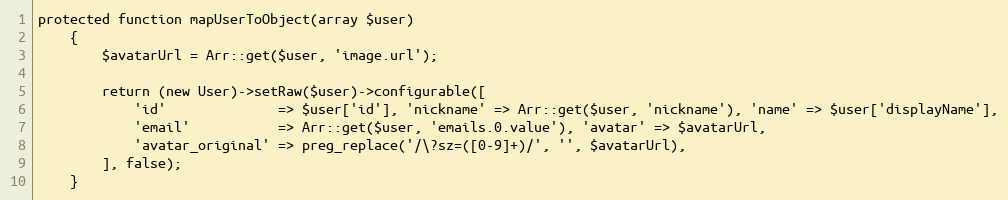
Language: PHP
protected function mapUserToObject(array $user)
    {
        $avatarUrl = Arr::get($user, 'image.url');

        return (new User)->setRaw($user)->configurable([
            'id'              => $user['id'], 'nickname' => Arr::get($user, 'nickname'), 'name' => $user['displayName'],
            'email'           => Arr::get($user, 'emails.0.value'), 'avatar' => $avatarUrl,
            'avatar_original' => preg_replace('/\?sz=([0-9]+)/', '', $avatarUrl),
        ], false);
    }